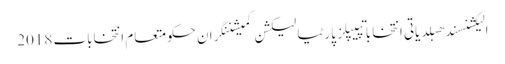
الیکشنسندھبلدیاتی انتخاباتپیپلز پارٹیالیکشن کمیشننگران حکومتعام انتخابات 2018